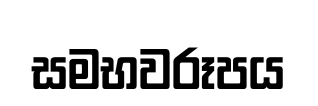
සමභවරූපය